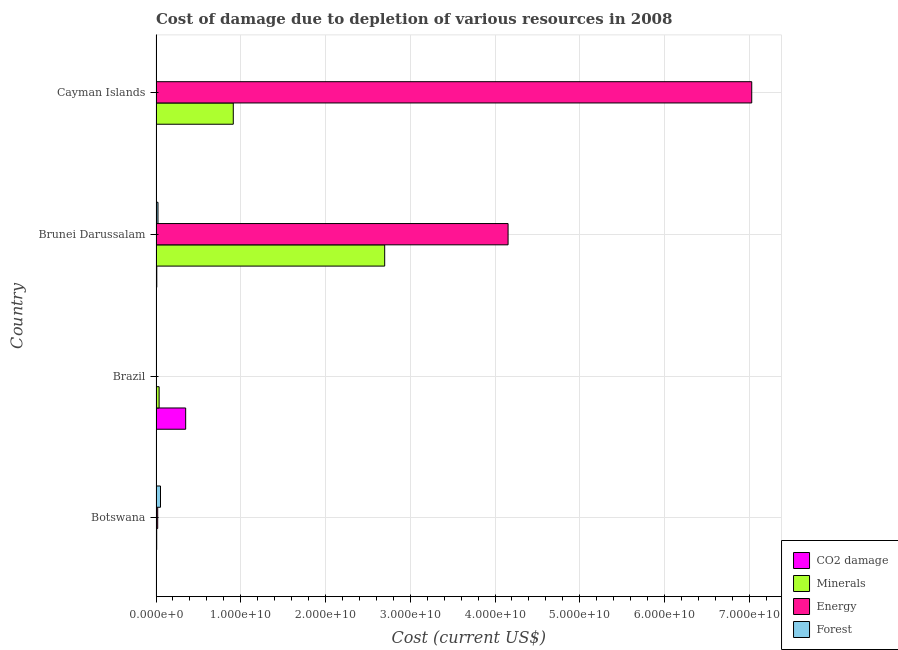
| Country | CO2 damage | Minerals | Energy | Forest |
 | --- | --- | --- | --- | --- |
 | Botswana | 4.49e+07 | 8.1e+07 | 1.99e+08 | 5.28e+08 |
 | Brazil | 3.5e+09 | 3.66e+08 | 3.07e+07 | 5.44e+06 |
 | Brunei Darussalam | 9.05e+07 | 2.7e+10 | 4.15e+10 | 2.31e+08 |
 | Cayman Islands | 5.36e+06 | 9.12e+09 | 7.03e+10 | 1.58e+07 |